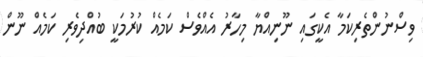
ވިސްނުންތެރިކަމާ އެކީގައި ނޫނިއްޔާ މިހާރު އެއްވެސް ކަމެއް ކުރުމަކީ ބުއްދިވެރި ކަމެއް ނޫން